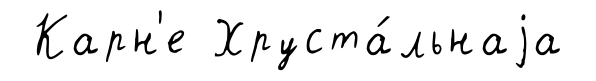
Карн'е Хруста́льнаjа